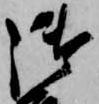
御